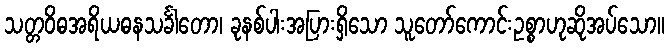
သတ္တဝိဓအရိယဓနသင်္ခါတော၊ ခုနစ်ပါးအပြားရှိသော သူတော်ကောင်းဥစ္စာဟုဆိုအပ်သော။